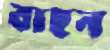
বাছন